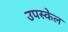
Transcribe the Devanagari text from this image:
उपस्केल